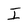
Character: I